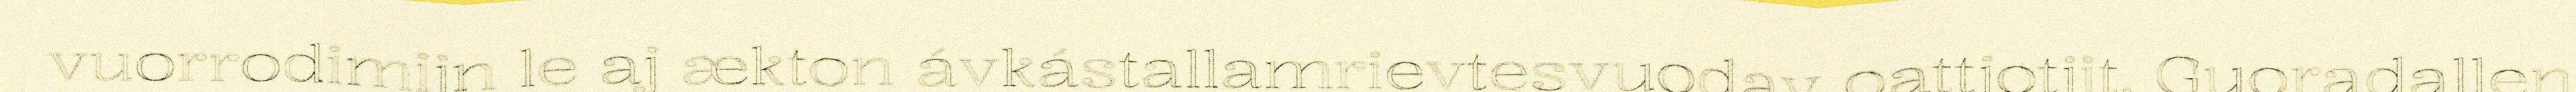
vuorrodimijn le aj ækton ávkástallamrievtesvuodav oattjotjit. Guoradallen